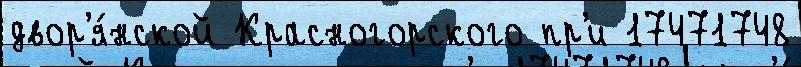
двор'я́нской Красногорского пр'и 17471748